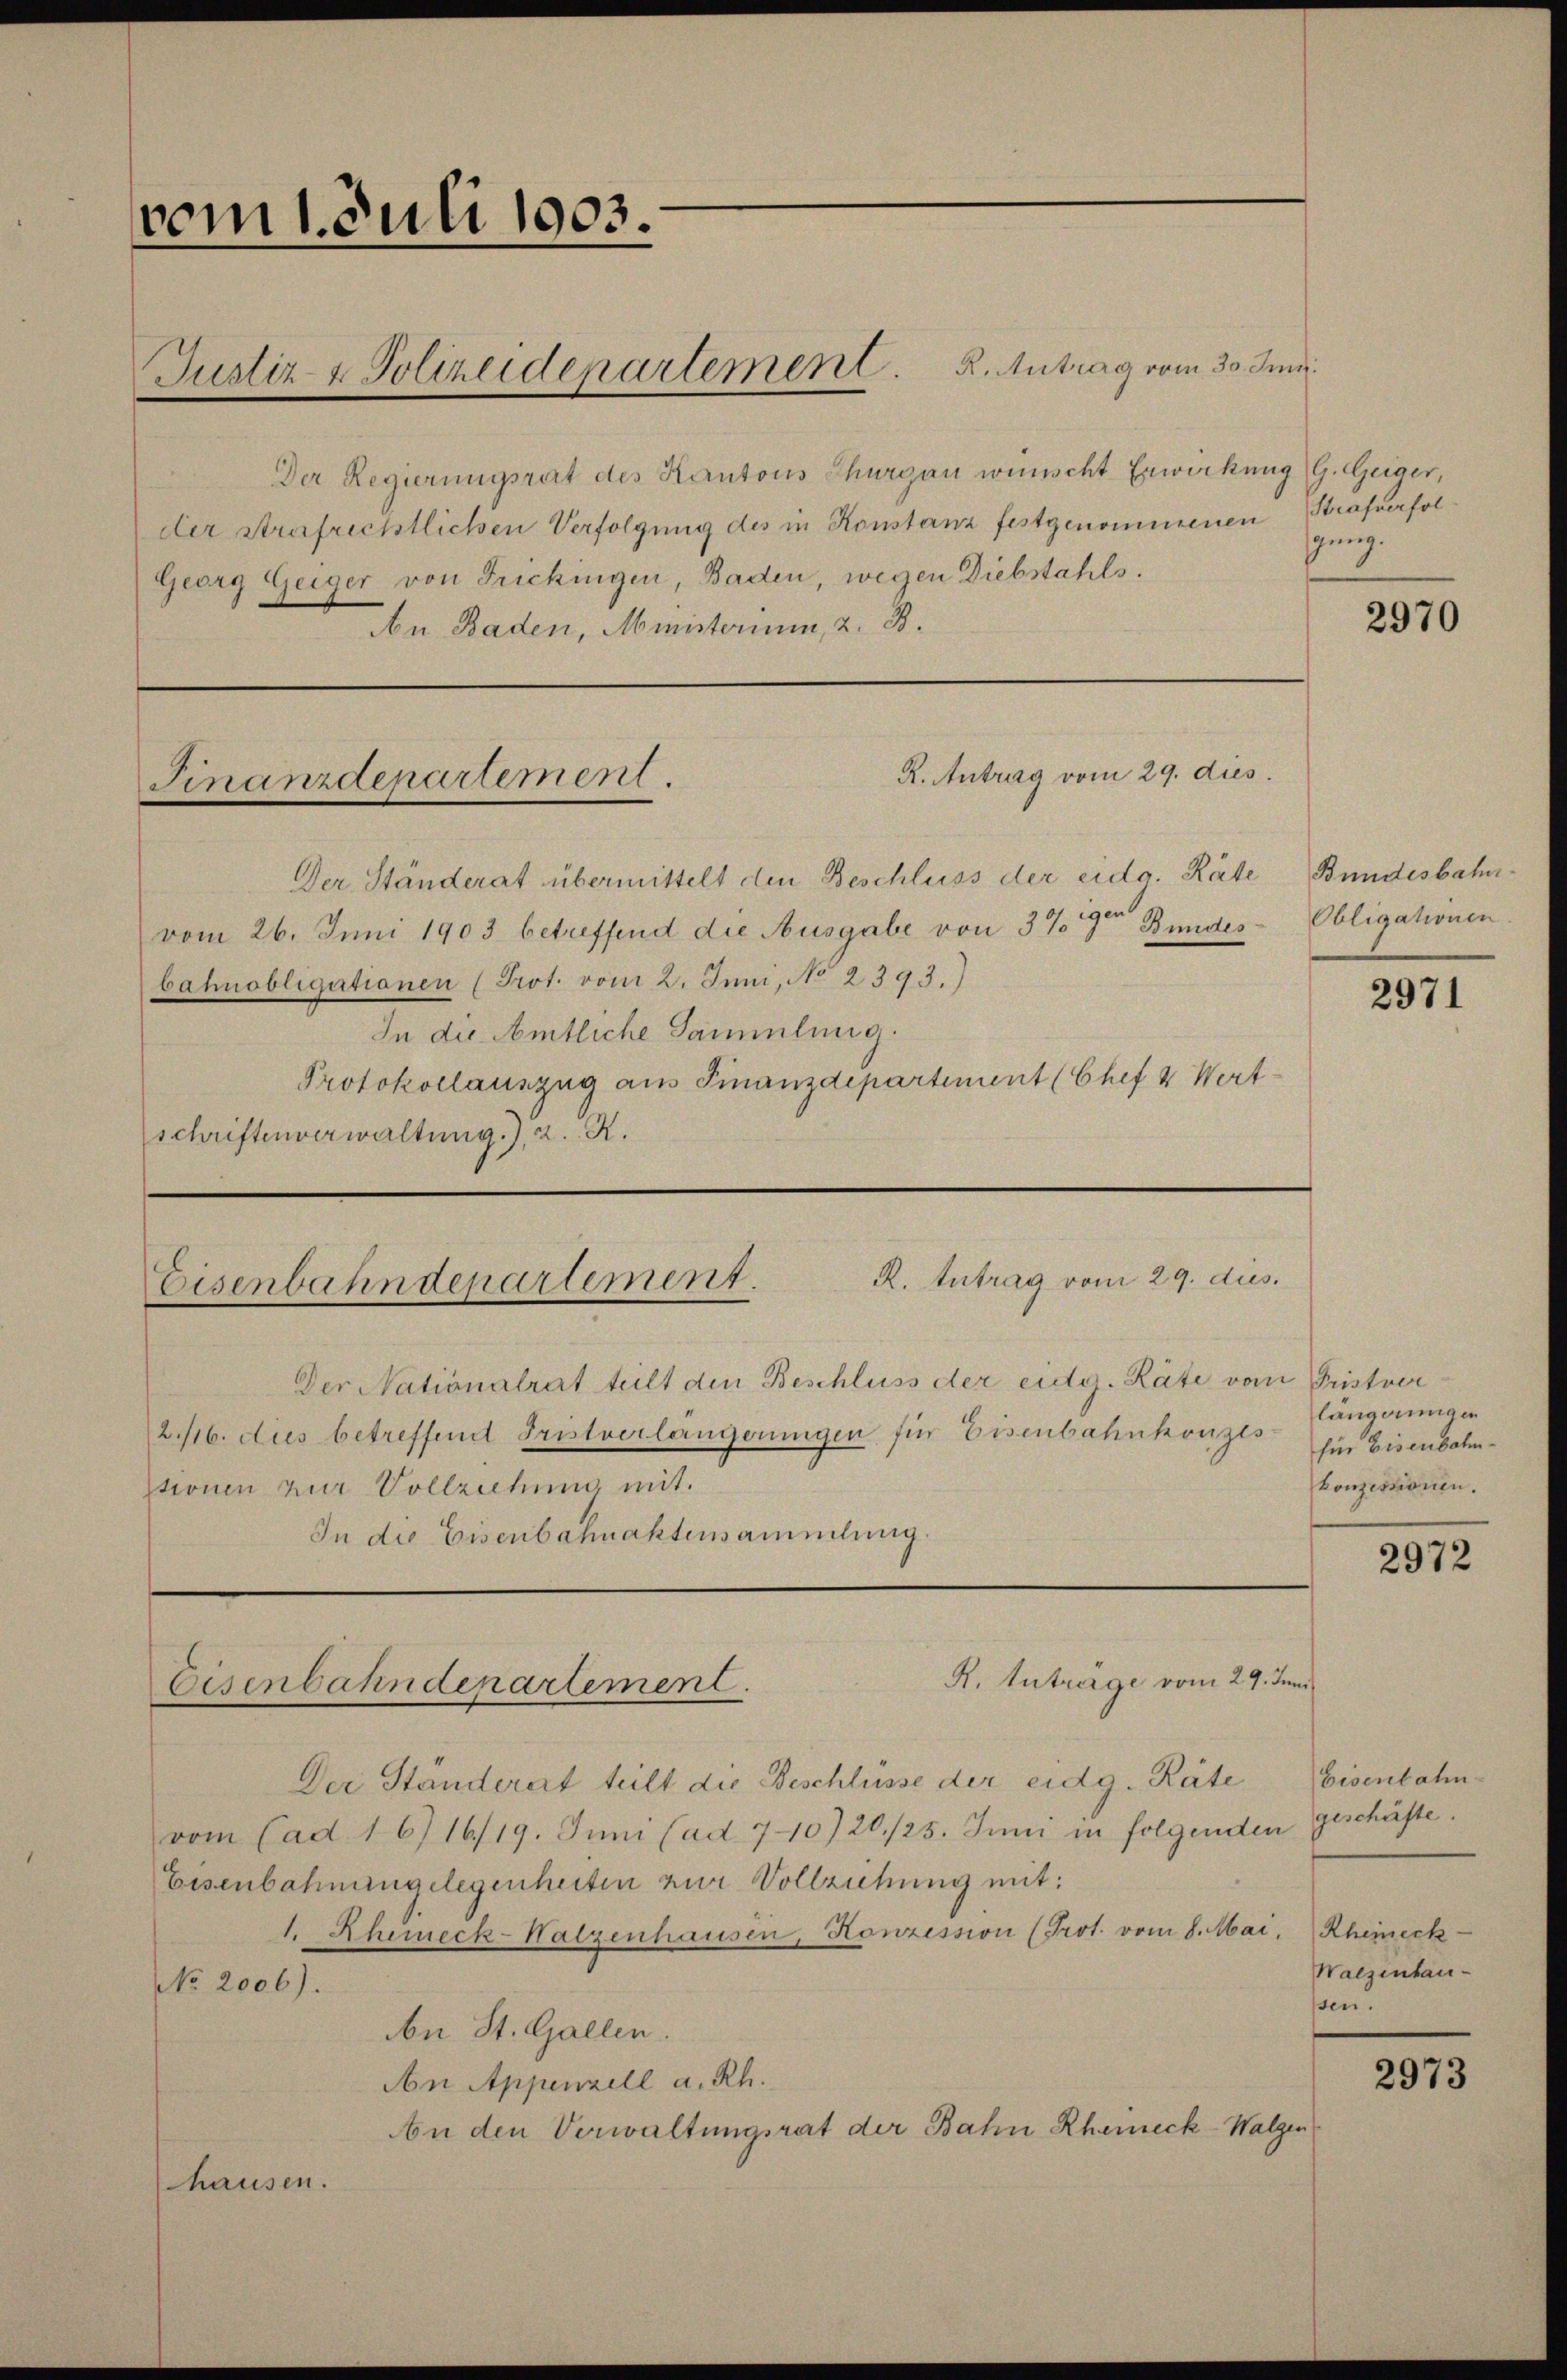
vom 1. Juli 1903.

Justiz- & Polizeidepartement. R. Antrag vom 30. Juni

Der Regierungsrat des Kantons Thurgau wünscht Erwirkung G. Geiger,
der Strafrichtlichen Verfolgung des in Konstanz festgenommenen Strafverfol
Georg Geiger von Frickingen, Baden, wegen Diebstahls.
An Baden, Ministerium, 2. B.

Finanzdepartement.

R. Antrag vom 29. dus.
Eisenbahndepartement.
Der Nationalrat teilt den Beschluss der eidg. Räte vom Fristver

Eisenbahndepartement.

R. Antrag vom 29. dies

R. Anträge vom 29. Juni

gung.

Der Ständerat übermittelt den Beschluss der eidg. Räte
vom 26. Juni 1903 betreffend die Ausgabe von 3%9ter Bundesbahnobligationen (Prot. vom 2. Juni, No 2393.)
In die Amtliche Sammlung.
Protokollauszug aus Finanzdepartement (Chef & Wert
schriftenverwaltung), 2. R.

2./16. dies betreffend Fristverlängerungen für Eisenbahnkonzes
ssionen zur Vollziehung mit.
In die Eisenbahnaktensammlung.

Der Ständerat teilt die Beschlüsse der eidg. Räte
vom (ad. 16) 16/19. Juni (ad 710) 20./25. Juni in folgenden geschäfte.
Eisenbahnangelegenheiten zur Vollziehung mit:
1. Zhimeck-Walzenhausen, Honzession (Prot. vom 8. Mai. Rheineck
No. 2006).
An St. Gallen.
An Appenzell a. Rh.
An den Verwaltungsrat der Bahn Rheieck-Walgen
hausen.

2970

Bundesbahn.
Obligationen

2971

längerungen
für Eisenbahnkonzessionen.

2972

Eisenbahn-
Walzenhaussen.

2973